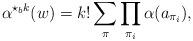
LaTeX: \begin{align*}\alpha^{\star_b k}(w) = k! \sum_{\pi}\prod_{\pi_i} \alpha(a_{\pi_i}),\end{align*}